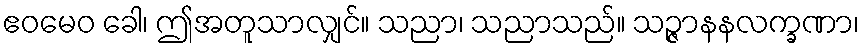
ဧဝမေဝ ခေါ၊ ဤအတူသာလျှင်။ သညာ၊ သညာသည်။ သဉ္ဇာနနလက္ခဏာ၊